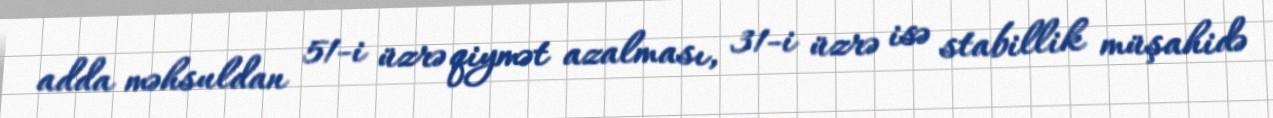
adda məhsuldan 51-i üzrə qiymət azalması, 31-i üzrə isə stabillik müşahidə